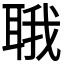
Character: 𬚚